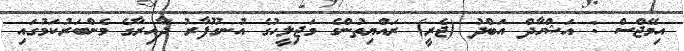
އިމޭޖްސް : އަޝްހާދް އަބްދު (ޖެރީ) ރައްޔިތުންގެ މަޖިލީހުގެ އުނގޫފާރު ދާއިރާގެ މެންބަރުކަމުގައި